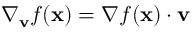
\nabla _ { \mathbf { v } } { f } ( \mathbf { x } ) = \nabla f ( \mathbf { x } ) \cdot \mathbf { v }